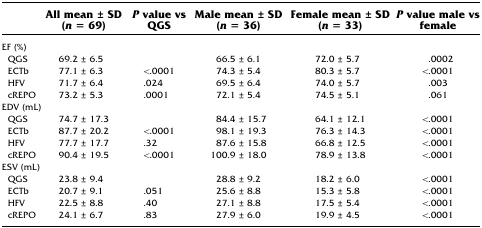
|  | All mean ± SD (n = 69) | P value vs QGS | Male mean ± SD (n = 36) | Female mean ± SD (n = 33) | P value male vs female |
 | --- | --- | --- | --- | --- | --- |
 | <COLSPAN=6> EF (%) |
 | QGS | 69.2 ± 6.5 |  | 66.5 ± 6.1 | 72.0 ± 5.7 | .0002 |
 | ECTb | 77.1 ± 6.3 | <.0001 | 74.3 ± 5.4 | 80.3 ± 5.7 | <.0001 |
 | HFV | 71.7 ± 6.4 | .024 | 69.5 ± 6.4 | 74.0 ± 5.7 | .003 |
 | cREPO | 73.2 ± 5.3 | .0001 | 72.1 ± 5.4 | 74.5 ± 5.1 | .061 |
 | <COLSPAN=6> EDV (mL) |
 | QGS | 74.7 ± 17.3 |  | 84.4 ± 15.7 | 64.1 ± 12.1 | <.0001 |
 | ECTb | 87.7 ± 20.2 | <.0001 | 98.1 ± 19.3 | 76.3 ± 14.3 | <.0001 |
 | HFV | 77.7 ± 17.7 | .32 | 87.6 ± 15.8 | 66.8 ± 12.5 | <.0001 |
 | cREPO | 90.4 ± 19.5 | <.0001 | 100.9 ± 18.0 | 78.9 ± 13.8 | <.0001 |
 | <COLSPAN=6> ESV (mL) |
 | QGS | 23.8 ± 9.4 |  | 28.8 ± 9.2 | 18.2 ± 6.0 | <.0001 |
 | ECTb | 20.7 ± 9.1 | .051 | 25.6 ± 8.8 | 15.3 ± 5.8 | <.0001 |
 | HFV | 22.5 ± 8.8 | .40 | 27.1 ± 8.8 | 17.5 ± 5.4 | <.0001 |
 | cREPO | 24.1 ± 6.7 | .83 | 27.9 ± 6.0 | 19.9 ± 4.5 | <.0001 |